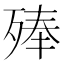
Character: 𣨞